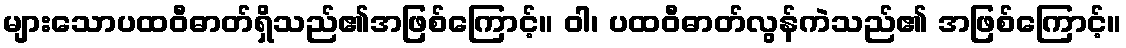
များသောပထဝီဓာတ်ရှိသည်၏အဖြစ်ကြောင့်။ ဝါ၊ ပထဝီဓာတ်လွန်ကဲသည်၏ အဖြစ်ကြောင့်။